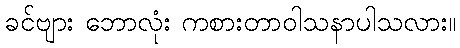
ခင်ဗျား ဘောလုံး ကစားတာဝါသနာပါသလား။